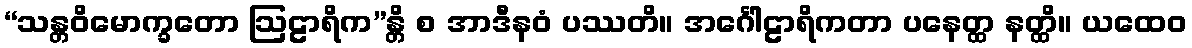
“သန္တဝိမောက္ခတော ဩဠာရိက”န္တိ စ အာဒီနဝံ ပဿတိ။ အင်္ဂေါဠာရိကတာ ပနေတ္ထ နတ္ထိ။ ယထေဝ